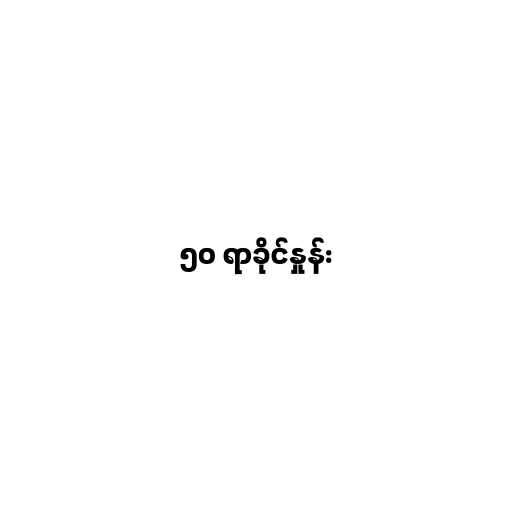
၅၀ ရာခိုင်နှုန်း